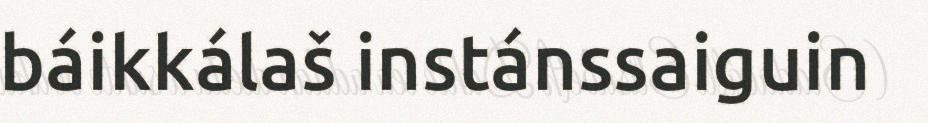
báikkálaš instánssaiguin